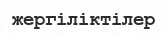
жергіліктілер